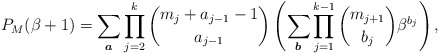
\begin{gather*}P_{M}(\beta+1) = \sum_{\boldsymbol{a}} \prod_{j=2}^{k} {m_j+a_{j-1}-1 \choose a_{j-1} } \left(\sum_{\boldsymbol{b}} \prod_{j=1}^{k-1} {m_{j+1} \choose b_{j} } \beta^{b_{j}} \right),\end{gather*}